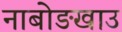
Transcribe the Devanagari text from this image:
नाबोङखाउ